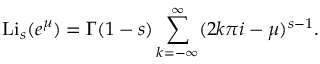
\operatorname { L i } _ { s } ( e ^ { \mu } ) = \Gamma ( 1 - s ) \sum _ { k = - \infty } ^ { \infty } ( 2 k \pi i - \mu ) ^ { s - 1 } .